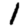
Digit: 1